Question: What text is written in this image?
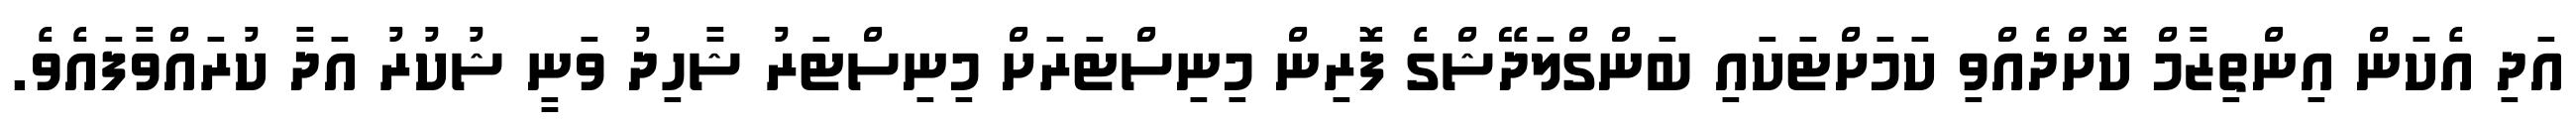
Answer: އަދި އެކަން އިންތިޒާމް ކޮށްދެއްވި ކަމަށްޓަކައި ބަންގްލަދޭޝްގެ ފޮރިން މިނިސްޓަރަށް މިނިސްޓަރު ޝާހިދު ވަނީ ޝުކުރު އަދާ ކުރައްވާފައެވެ.